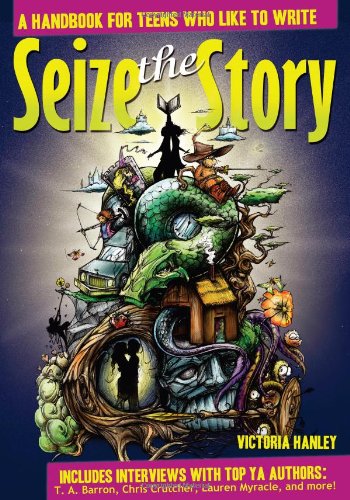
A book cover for Seize the Story: A Handbook for Teens Who Like to Write; Victoria Hanley; Teen & Young Adult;